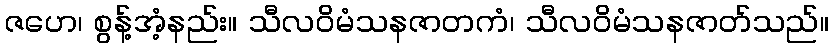
ဇဟေ၊ စွန့်အံ့နည်း။ သီလဝိမံသနဇာတကံ၊ သီလဝိမံသနဇာတ်သည်။